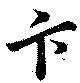
卞